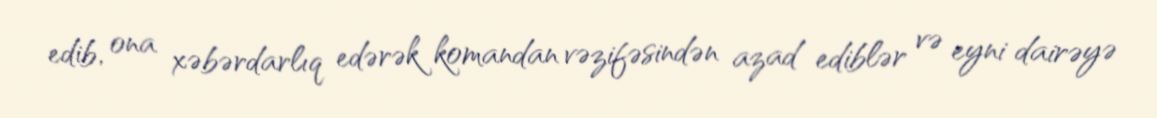
edib, ona xəbərdarlıq edərək komandan vəzifəsindən azad ediblər və eyni dairəyə